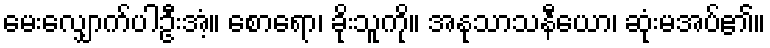
မေးလျှောက်ပါဦးအံ့။ စောရော၊ ခိုးသူကို။ အနုသာသနီယော၊ ဆုံးမအပ်၏။